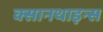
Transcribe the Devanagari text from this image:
क्सानथाइन्स